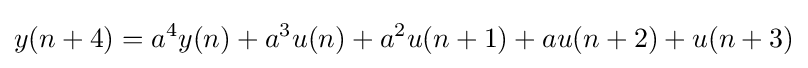
y(n+4)=a^{4}y(n)+a^{3}u(n)+a^{2}u(n+1)+au(n+2)+u(n+3)